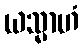
ယသ္မာဟံ